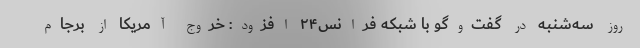
روز سه‌شنبه در گفت‌وگو با شبکه فرانس۲۴ افزود: خروج آمریکا از برجام